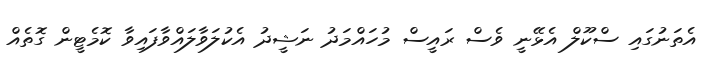
އެތަނުގައި ސްކޫލް އެޅޭނީ ވެސް ރައީސް މުހައްމަދު ނަޝީދު އެކުލަވާލައްވާފައިވާ ކޮމެޓީން ގޮތެއް